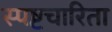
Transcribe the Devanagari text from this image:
स्पष्टचारिता